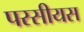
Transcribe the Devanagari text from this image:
परसीयस